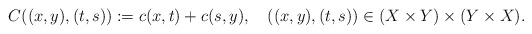
\begin{align*}C((x,y),(t,s)):=c(x,t)+c(s,y),\ \ \ ((x,y),(t,s))\in (X\times Y)\times(Y\times X).\end{align*}